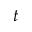
t